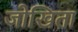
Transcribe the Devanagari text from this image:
जोखिता